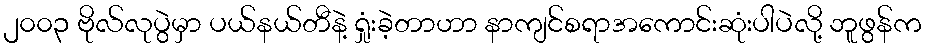
၂၀၀၃ ဗိုလ်လုပွဲမှာ ပယ်နယ်တီနဲ့ ရှုံးခဲ့တာဟာ နာကျင်စရာအကောင်းဆုံးပါပဲလို့ ဘူဖွန်က